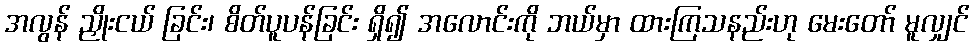
အလွန် ညှိုးငယ် ခြင်း၊ စိတ်ပူပန်ခြင်း ရှိ၍ အလောင်းကို ဘယ်မှာ ထားကြသနည်းဟု မေးတော် မူလျှင်